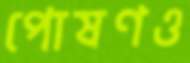
পোষণও